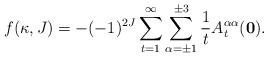
LaTeX: \begin{align*}f(\kappa, J)= - (-1)^{2J} \sum_{t=1} ^\infty\sum_{\alpha= \pm 1} ^{\pm 3} \frac{1}{t}A^{\alpha \alpha}_t({\bf 0}).\end{align*}